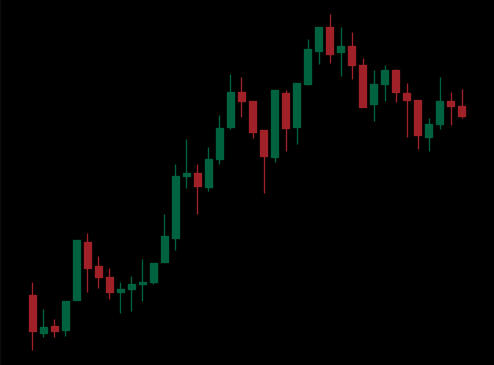
Pattern: bear_flag